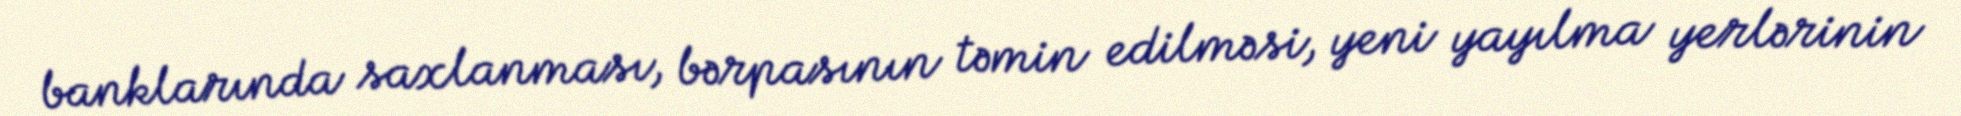
banklarında saxlanması, bərpasının təmin edilməsi, yeni yayılma yerlərinin